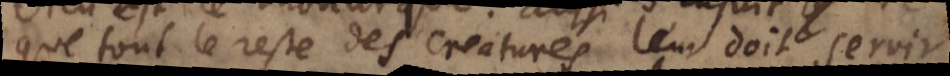
que tout le reste des creatures leur doit servir